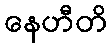
နေဟီတိ